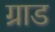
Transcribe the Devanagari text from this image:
ग्राड